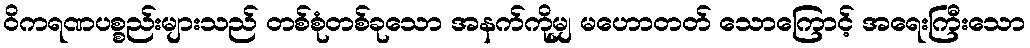
ဝိကရဏပစ္စည်းများသည် တစ်စုံတစ်ခုသော အနက်ကိုမျှ မဟောတတ် သောကြောင့် အရေးကြီးသော